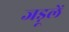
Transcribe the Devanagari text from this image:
जड़ूलें